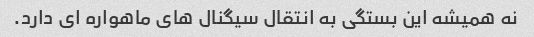
نه همیشه این بستگی به انتقال سیگنال های ماهواره ای دارد.